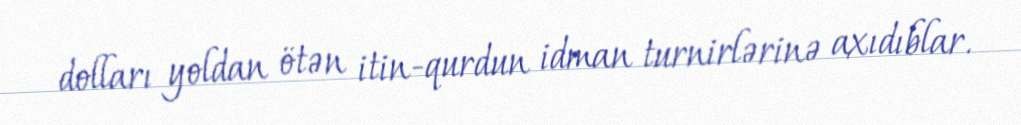
dolları yoldan ötən itin-qurdun idman turnirlərinə axıdıblar.